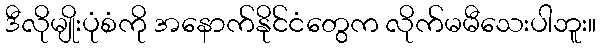
ဒီလိုမျိုးပုံစံကို အနောက်နိုင်ငံတွေက လိုက်မမီသေးပါဘူး။